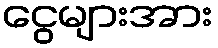
ငွေများအား